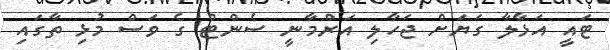
ޓައީ އަޅާލާ ގަޔަށް ޖަހާލި އަރްމާނީ ސެންޓް ގެ ވަސް މުޅި ތާގައި